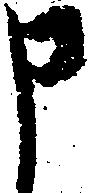
申